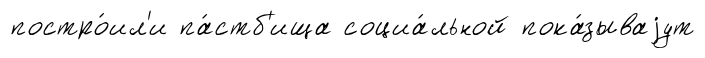
постро́ил'и па́стб'ища социа́льной пока́зываjут